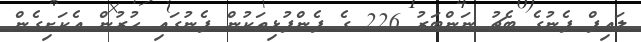
ލައިފް ފެނުގެ ބެޗު ނަންބަރު 226 ގެ ފެންފުޅިތަކުން ފެނުގައި ހުރުން އެކަށިގެން